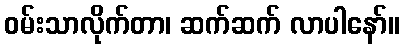
ဝမ်းသာလိုက်တာ၊ ဆက်ဆက် လာပါနော်။